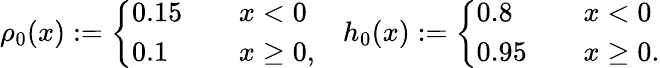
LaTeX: \rho_{0}(x):=\left\{ \begin{array}{ll}{0.15\quad}&{x<0}\\ {0.1\quad}&{x\geq 0,}\end{array}\right.\quad h_{0}(x):=\left\{ \begin{array}{ll}{0.8\quad}&{x<0}\\ {0.95\quad}&{x\geq 0.}\end{array}\right.